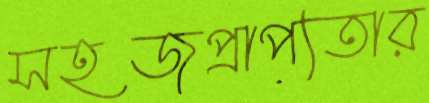
সহজপ্রাপ্যতার